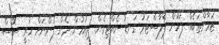
ޒަމާންތަކެއް ފަހުން ޕްލާސްޓަރު ގަނޑު ނެއްޓިގެން ދިއުމުން ދެން ފެންނަށް ހުރީ ސޮސް